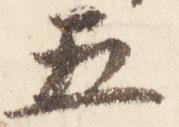
五